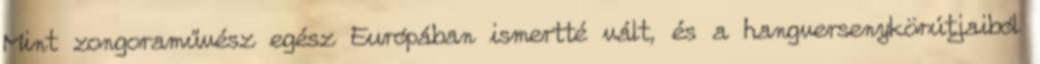
Mint zongoraművész egész Európában ismertté vált, és a hangversenykörútjaiból